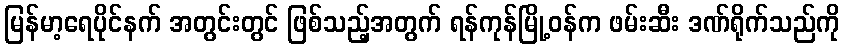
မြန်မာ့ရေပိုင်နက် အတွင်းတွင် ဖြစ်သည့်အတွက် ရန်ကုန်မြို့ဝန်က ဖမ်းဆီး ဒဏ်ရိုက်သည်ကို